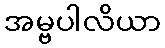
အမ္ဗပါလိယာ